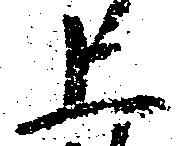
上